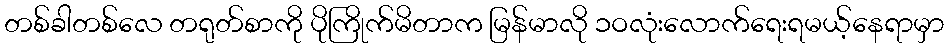
တစ်ခါတစ်လေ တရုတ်စာကို ပိုကြိုက်မိတာက မြန်မာလို ၁ဝလုံးလောက်ရေးရမယ့်နေရာမှာ